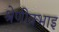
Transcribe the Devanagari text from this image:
श्रेणीक्भाइ